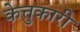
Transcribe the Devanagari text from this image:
केत्तुकारी